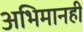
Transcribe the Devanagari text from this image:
अभिमानही